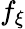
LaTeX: f_{\xi}